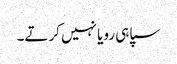
سپاہی رویا نہیں کرتے۔